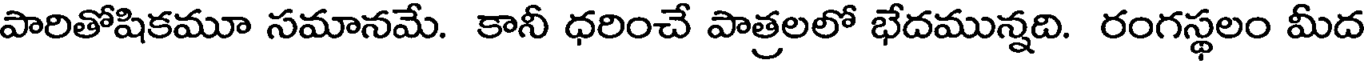
పారితోషికమూ సమానమే. కానీ ధరించే పాత్రలలో భేదమున్నది. రంగస్థలం మీద